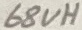
Text: 68uH